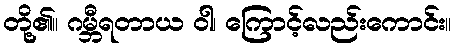
တို့၏။ ဂမ္ဘီရတာယ ဝါ၊ ကြောင့်လည်းကောင်း။